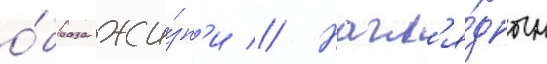
о́браза жи́зн'и // Нагл'я́дным